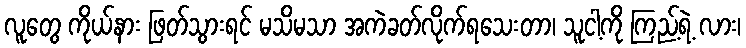
လူတွေ ကိုယ်နား ဖြတ်သွားရင် မသိမသာ အကဲခတ်လိုက်ရသေးတာ၊ သူငါ့ကို ကြည့်ရဲ့ လား၊